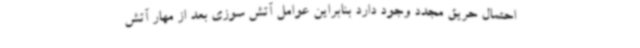
احتمال حریق مجدد وجود دارد بنابراین عوامل آتش سوزی بعد از مهار آتش